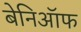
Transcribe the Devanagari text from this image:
बेनिऑफ